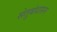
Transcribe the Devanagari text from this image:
सेतुबंधासन